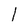
Character: 1